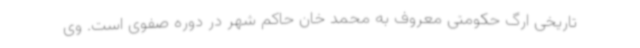
تاریخی ارگ حکومتی معروف به محمد خان حاکم شهر در دوره صفوی است. وی